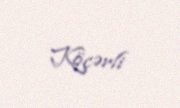
Köçərli